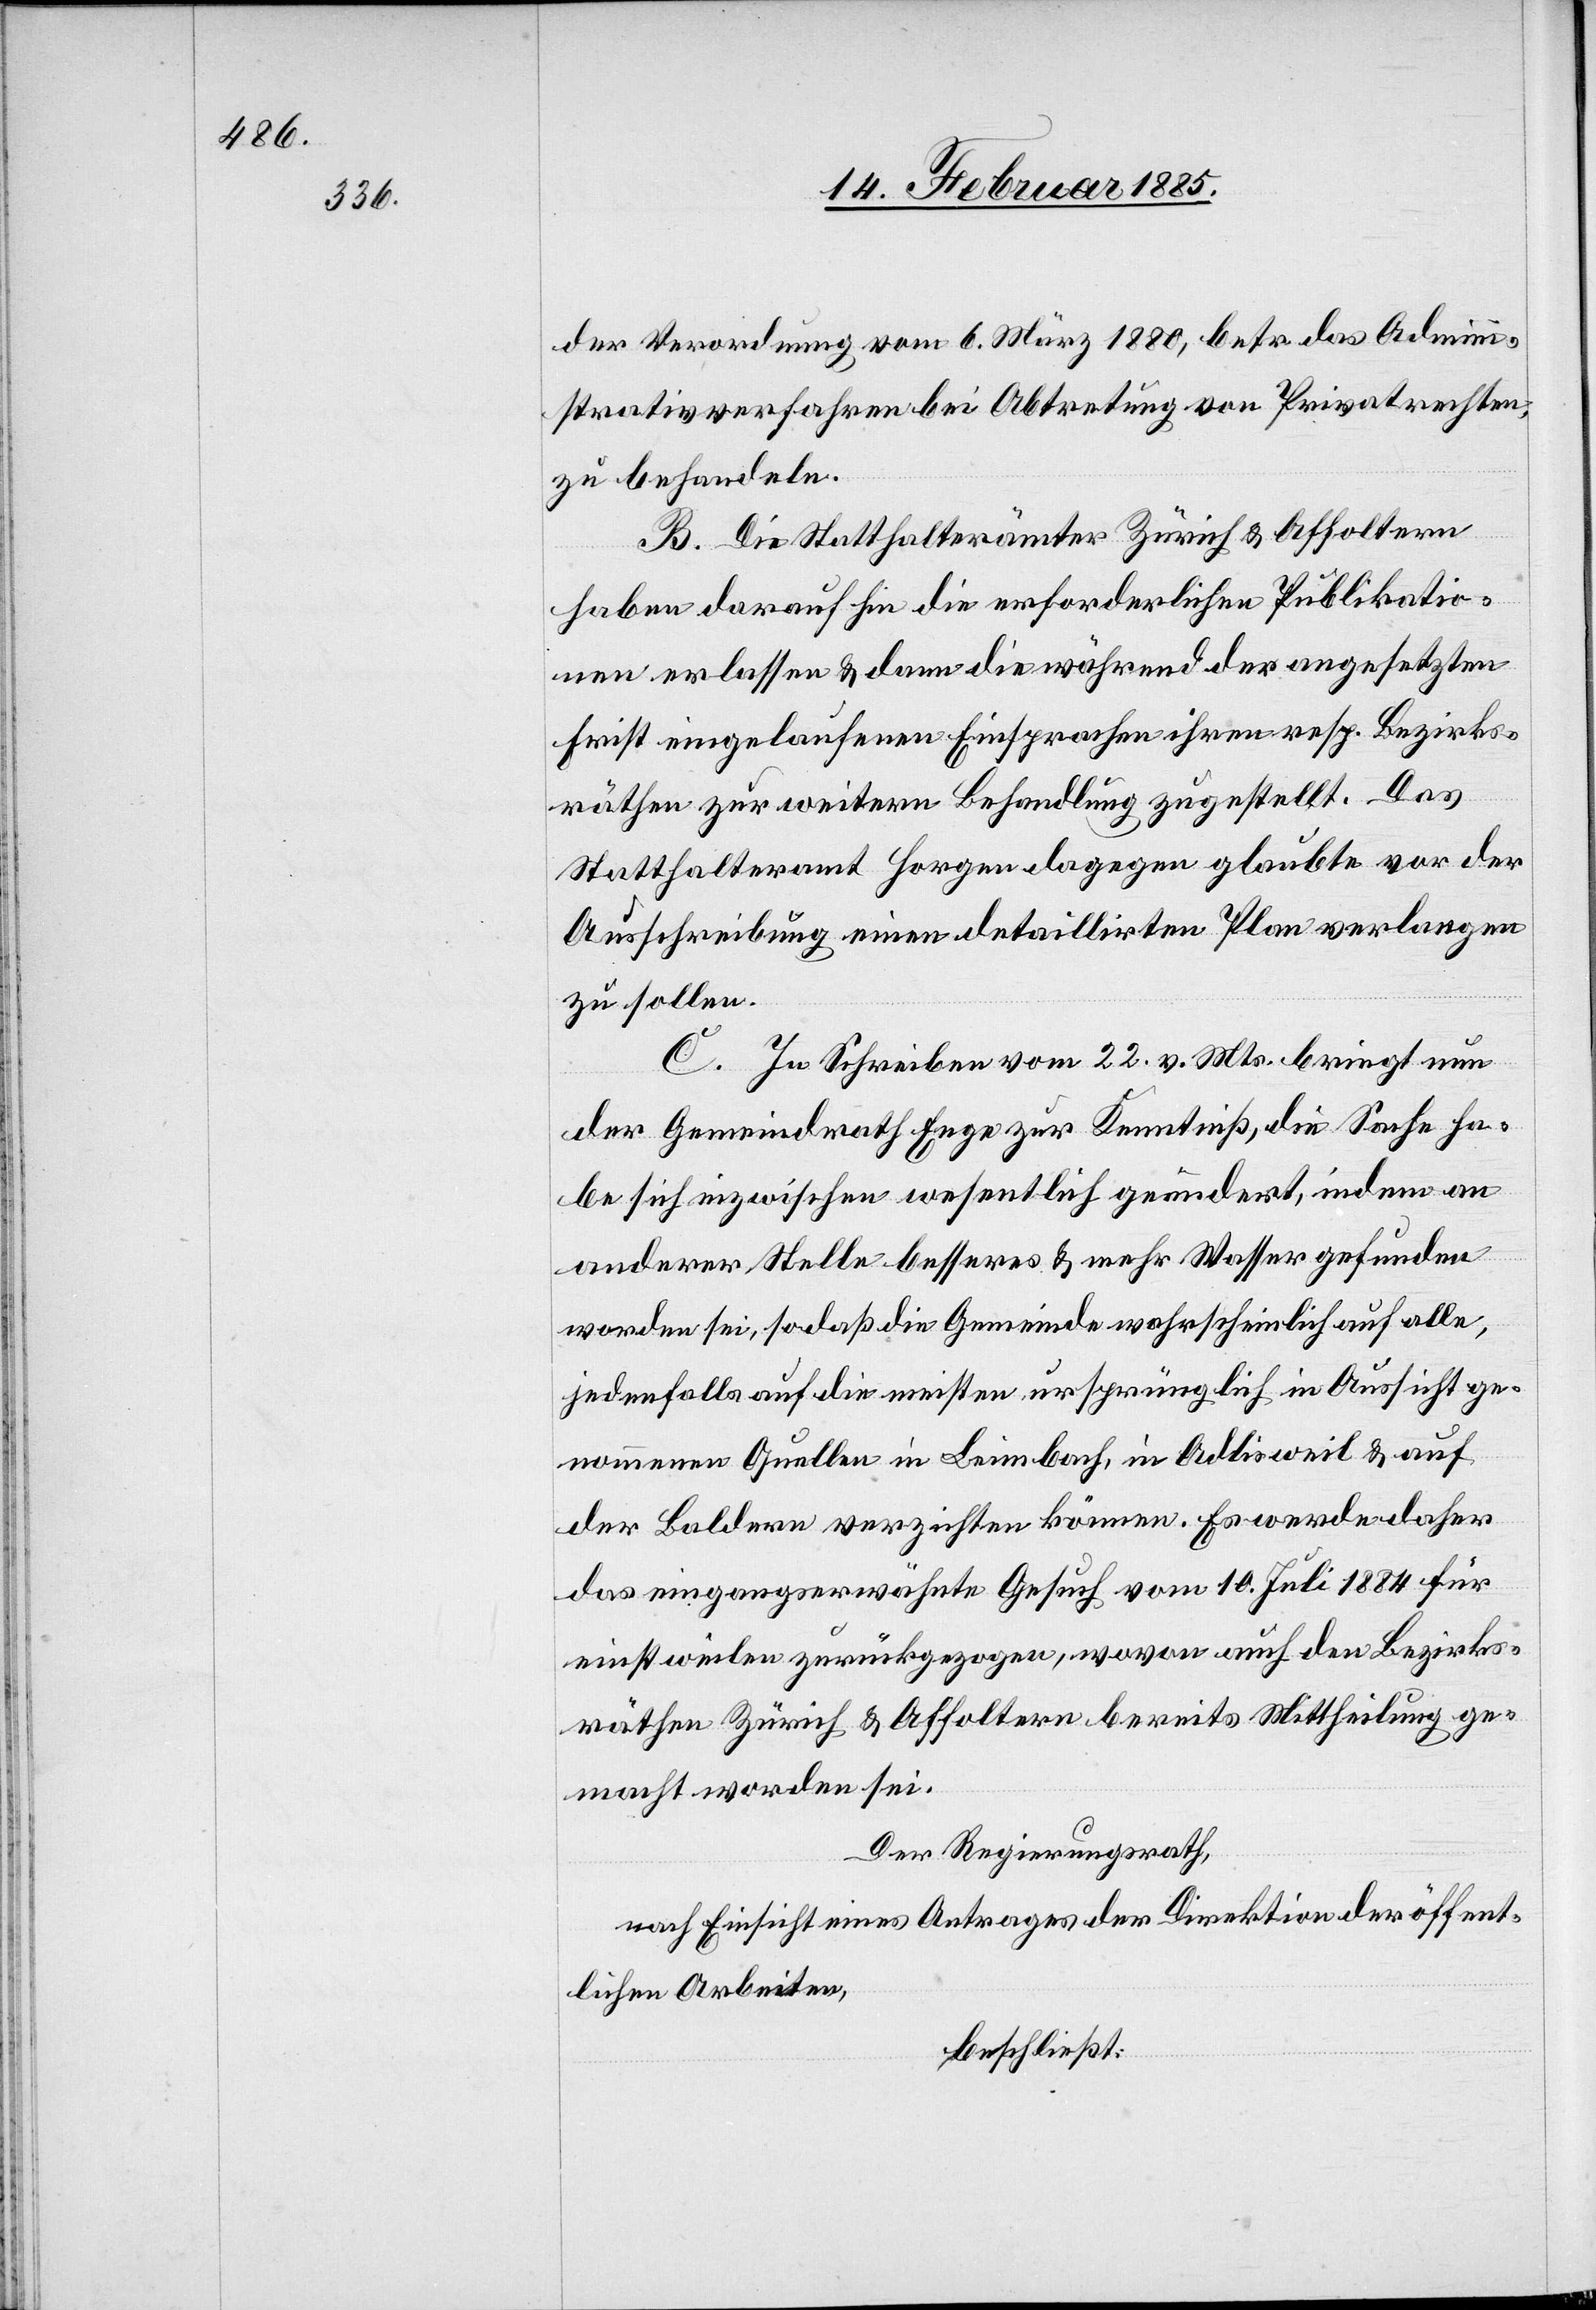
der Verordnung vom 6. März 1880, betr. das Admini¬
strativverfahren bei Abtretung von Privatrechten,
zu behandeln.
B. Die Statthalterämter Zürich & Affoltern
haben darauf hin die erforderlichen Publikatio¬
nen erlassen & dann die während der angesetzten
Frist eingelaufenen Einsprachen ihren resp. Bezirks¬
räthen zur weitern Behandlung zugestellt. Das
Statthalteramt Horgen dagegen glaubte vor der
Ausschreibung einen detaillirten Plan verlangen
zu sollen.
C.
In Schreiben vom 22. v. Mts. bringt nun
der Gemeindrath Enge zur Kenntniß, die Sache ha¬
be sich inzwischen wesentlich geändert, indem an
anderer Stelle besseres & mehr Wasser gefunden
worden sei, so daß die Gemeinde wahrscheinlich auf alle,
jedenfalls auf die meisten ursprünglich in Aussicht ge¬
nommenen Quellen in Leimbach, in Adlisweil & auf
der Baldern verzichten können. Es werde daher
das eingangserwähnte Gesuch vom 10. Juli 1884 für
einstweilen zurückgezogen, wovon auch den Bezirks¬
räthen Zürich & Affoltern bereits Mittheilung ge¬
macht worden sei.
Der Regierungsrath,
nach Einsicht eines Antrages der Direktion der öffent¬
lichen Arbeiten,
beschließt: